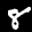
Label: 8